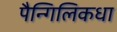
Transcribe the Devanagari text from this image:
पैन्गिलिकधा